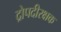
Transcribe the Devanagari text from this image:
द्रोपदीरक्षक